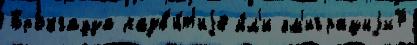
Брокгауза разв'и́т'иjе и́л'и эм'играциjи7